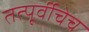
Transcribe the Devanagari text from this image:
तत्पूर्वीचेच